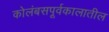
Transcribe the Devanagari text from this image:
कोलंबसपूर्वकालातील